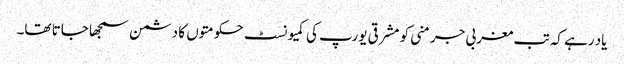
یاد رہے کہ تب مغربی جرمنی کو مشرقی یورپ کی کمیونسٹ حکومتوں کا دشمن سمجھا جاتا تھا۔